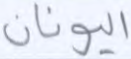
اليونان